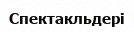
Спектакльдері